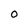
Character: O